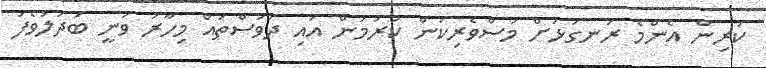
ކުރިން އެންމެ ރަނގަޅަށް މަސްވެރިކަން ކުރަމުން އައި ދުވަސްތައް މިހާރު ވަނީ ބަދަލުވެފަ